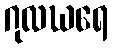
ဂုလဃရေ